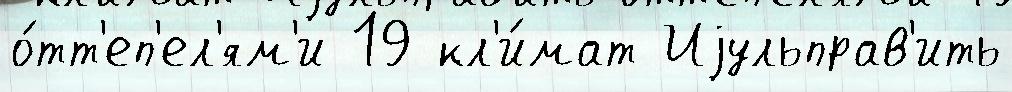
о́тт'еп'ел'ям'и 19 кл'и́мат Иjульправ'ить